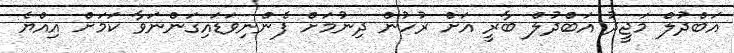
އަބްދުލް މަޖީދު އަބްދުލް ބާރީ އަށް ރުހުން ދިނުމަށް ފެންނިވަޑައިގަންނަވާ ކަމަށް އިއްޔެ